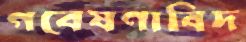
গবেষণাবিদ